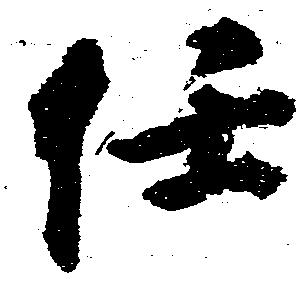
任